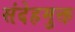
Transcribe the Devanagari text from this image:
संदेहमुक्त